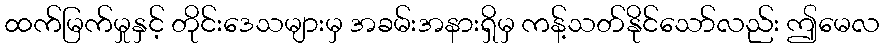
ထက်မြက်မှုနှင့် တိုင်းဒေသများမှ အခမ်းအနားရှိမှ ကန့်သတ်နိုင်သော်လည်း ဤမေလ